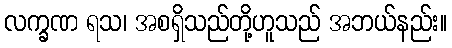
လက္ခဏ ရသ၊ အစရှိသည်တို့ဟူသည် အဘယ်နည်း။